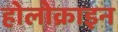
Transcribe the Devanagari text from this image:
होलोक्राइन